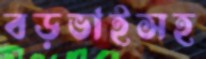
বড়ভাইসহ